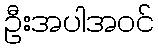
ဦးအပါအဝင်